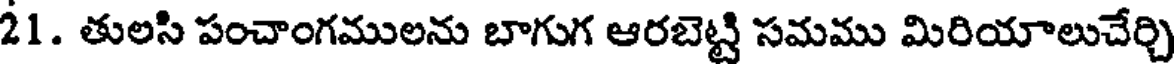
21. తులసి పంచాంగములను బాగుగ ఆరబెట్టి సమము మిరియాలుచేర్చి